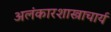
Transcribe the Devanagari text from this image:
अलंकारशास्त्राचार्य